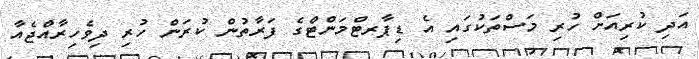
އަދި ކުރިއަށް ހުރި މަސްތަކުގައި އެ ޑިޕާރޓްމަންޓްގެ ފަރާތުން ކުރަން ހުރި ދިވެހިރާއްޖެއާ